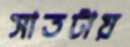
সাতটায়